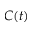
C ( t )